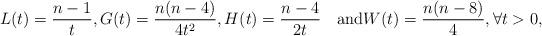
LaTeX: \begin{align*} L(t)=\frac{n-1}{t},G(t)=\frac{n(n-4)}{4t^2}, H(t)=\frac{n-4}{2t} \quad\mbox{and}W(t)=\frac{n(n-8)}{4},\forall t>0, \end{align*}